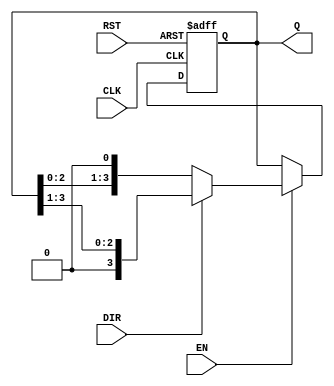
module async_shift_counter (
    input wire CLK,          // Clock input
    input wire RST,          // Asynchronous reset
    input wire DIR,          // Shift direction (0 = left, 1 = right)
    input wire EN,           // Enable signal
    output reg [N-1:0] Q     // Counter output (N bits wide)
);
    parameter N = 4;         // Define the width of the counter (number of bits)

    // Asynchronous reset
    always @(posedge CLK or posedge RST) begin
        if (RST) begin
            Q <= 0;          // Reset the counter to 0
        end else if (EN) begin
            if (DIR) begin
                // Right shift
                Q <= {1'b0, Q[N-1:1]}; // Shift right and introduce 0 at MSB
            end else begin
                // Left shift
                Q <= {Q[N-2:0], 1'b0}; // Shift left and introduce 0 at LSB
            end
        end
    end
endmodule